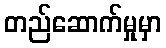
တည်ဆောက်မှုမှာ